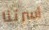
أسرتنا